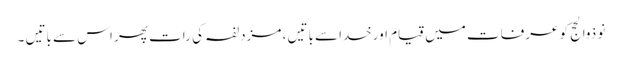
نو ذوالحج کو عرفات میں قیام اورخداسے باتیں ، مزدلفہ کی رات پھر اس سے باتیں ۔